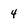
Character: 4